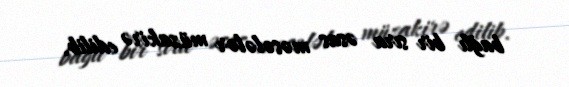
bağlı bir sıra əsas məsələlər müzakirə edilib.